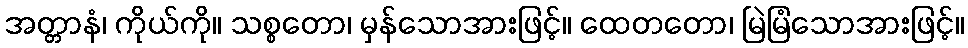
အတ္တာနံ၊ ကိုယ်ကို။ သစ္စတော၊ မှန်သောအားဖြင့်။ ထေတတော၊ မြဲမြံသောအားဖြင့်။